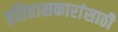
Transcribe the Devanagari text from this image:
इतिहासकारांसाठी